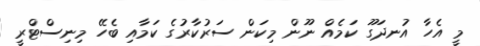
މީ އެހާ އުނދަގޫ ކަމެއް ނޫން މިކަން ސަރުކާރުގެ ކަމާއި ބެހޭ މިނިސްޓްރީ